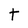
Character: t